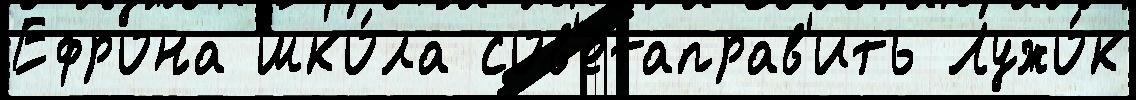
Ефрона шко́ла сов'етаправ'ить Лужо́к